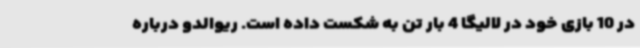
در 10 بازی خود در لالیگا 4 بار تن به شکست داده است. ریوالدو درباره